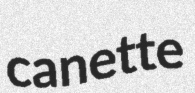
canette